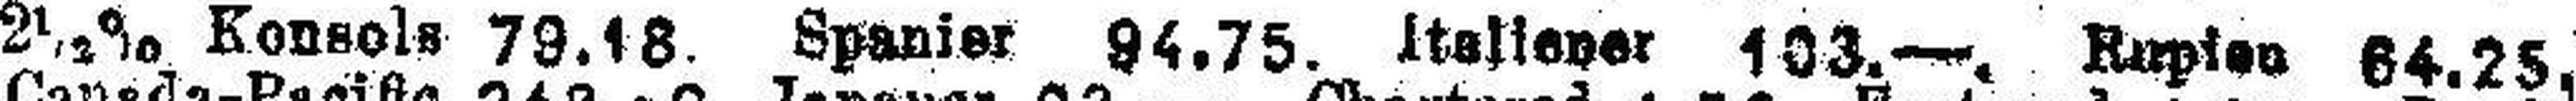
2½ % Konsole 79.18. Spanier 94.75. Italiener 103.—. Rupien 64.25,